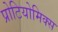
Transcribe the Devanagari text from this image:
प्रोटियोमिक्स